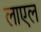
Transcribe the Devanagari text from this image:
लाएल